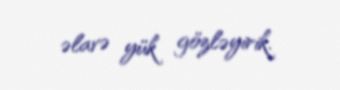
əlavə yük gözləyirik.